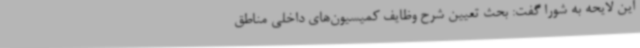
این لایحه به شورا گفت: بحث تعیین شرح وظایف کمیسیون‌های داخلی مناطق